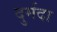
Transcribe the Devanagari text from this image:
दुर्मदा